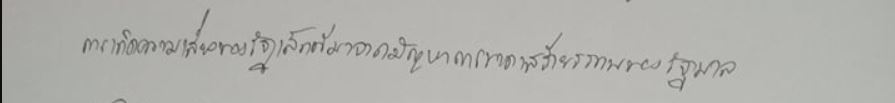
การเกิดความเสี่ยงของรัฐเล็กที่มาจากปัญหาการขาดเสถียรภาพของรัฐบาล